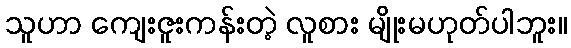
သူဟာ ကျေးဇူးကန်းတဲ့ လူစား မျိုးမဟုတ်ပါဘူး။